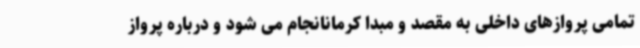
تمامی پروازهای داخلی به مقصد و مبدا کرمانانجام می شود و درباره پرواز